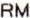
RM